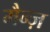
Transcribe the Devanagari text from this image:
मैन्ज़